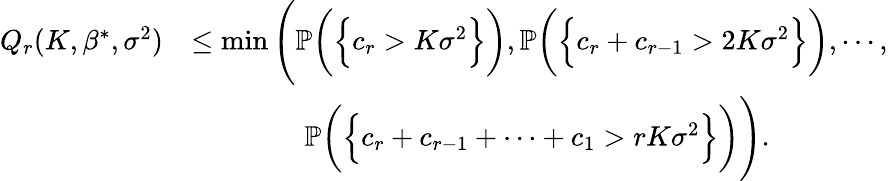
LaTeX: \begin{array}{rl}{Q_{r}(K,\beta^{*},\sigma^{2})}&{\leq\operatorname*{min}\Bigg(\mathbb{P}\bigg(\Big\{ c_{r}>K\sigma^{2}\Big\} \bigg),\mathbb{P}\bigg(\Big\{ c_{r}+c_{r-1}>2K\sigma^{2}\Big\} \bigg),\cdots,}\\ &{\quad\quad\quad\quad\mathbb{P}\bigg(\Big\{ c_{r}+c_{r-1}+\cdots+c_{1}>rK\sigma^{2}\Big\} \bigg)\Bigg).}\end{array}